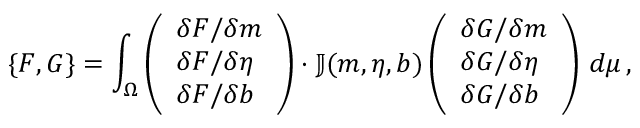
\{ F , G \} = \int _ { \Omega } \left( \begin{array} { l } { \delta F / \delta \boldsymbol { m } } \\ { \delta F / \delta \eta } \\ { \delta F / \delta b } \end{array} \right) \cdot \mathbb { J } ( \boldsymbol { m } , \eta , b ) \left( \begin{array} { l } { \delta G / \delta \boldsymbol { m } } \\ { \delta G / \delta \eta } \\ { \delta G / \delta b } \end{array} \right) \, d \mu \, ,